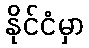
နိုင်ငံမှာ